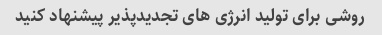
روشی برای تولید انرژی های تجدیدپذیر پیشنهاد کنید